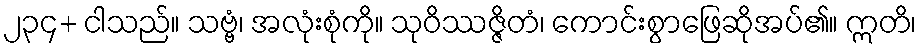
၂၃၄+ ငါသည်။ သဗ္ဗံ၊ အလုံးစုံကို။ သုဝိဿဇ္ဇိတံ၊ ကောင်းစွာဖြေဆိုအပ်၏။ ဣတိ၊